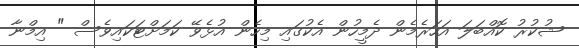
ޝުކުރު ކޮއްބަލަ އަހަރެމެން ދެމީހުން އެކުގައި މިހެން އުޅެވޭ ކަމަށްޓަކައިވެސް " އިމްނާ